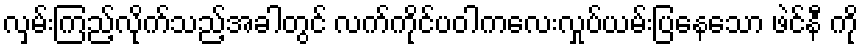
လှမ်းကြည့်လိုက်သည့်အခါတွင် လက်ကိုင်ပဝါကလေးလှုပ်ယမ်းပြနေသော ဖဲင်နီ ကို